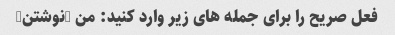
فعل صریح را برای جمله های زیر وارد کنید: من (نوشتن)